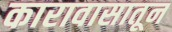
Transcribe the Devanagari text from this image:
कारावासातून